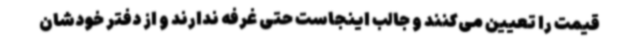
قیمت را تعیین می‌کنند و جالب اینجاست حتی غرفه ندارند و از دفتر خودشان